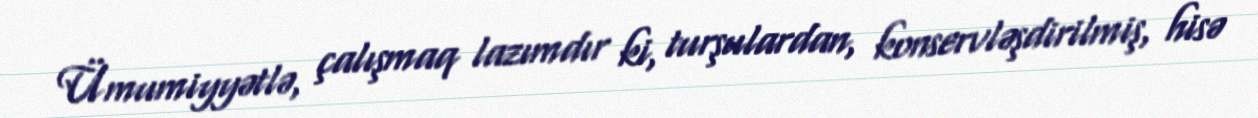
Ümumiyyətlə, çalışmaq lazımdır ki, turşulardan, konservləşdirilmiş, hisə